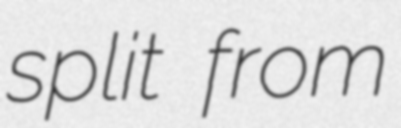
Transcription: split from